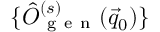
\{ \hat { O } _ { \mathrm { ~ g ~ e ~ n ~ } } ^ { ( s ) } ( \vec { q } _ { 0 } ) \}